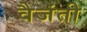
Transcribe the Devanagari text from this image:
वैजंती